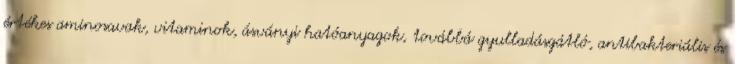
értékes aminosavak, vitaminok, ásványi hatóanyagok, továbbá gyulladásgátló, antibakteriális és